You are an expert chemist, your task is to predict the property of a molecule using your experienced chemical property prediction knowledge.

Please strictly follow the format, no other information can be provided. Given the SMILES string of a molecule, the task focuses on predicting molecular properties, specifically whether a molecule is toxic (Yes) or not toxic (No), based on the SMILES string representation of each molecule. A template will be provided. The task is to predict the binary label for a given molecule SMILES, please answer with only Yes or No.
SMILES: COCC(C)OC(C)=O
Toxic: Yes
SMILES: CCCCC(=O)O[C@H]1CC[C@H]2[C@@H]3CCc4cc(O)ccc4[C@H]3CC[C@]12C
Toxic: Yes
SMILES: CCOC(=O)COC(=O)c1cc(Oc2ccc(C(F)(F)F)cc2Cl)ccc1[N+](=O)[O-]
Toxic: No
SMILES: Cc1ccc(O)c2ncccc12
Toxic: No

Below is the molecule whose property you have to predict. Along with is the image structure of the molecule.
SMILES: CCOC(C)(C)C
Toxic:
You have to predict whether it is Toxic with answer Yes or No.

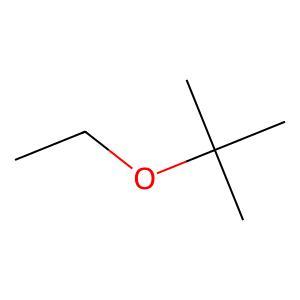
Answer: No